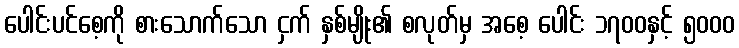
ပေါင်းပင်စေ့ကို စားသောက်သော ငှက် နှစ်မျိုး၏ စလုတ်မှ အစေ့ ပေါင်း ၁၇၀၀နှင့် ၅၀၀၀